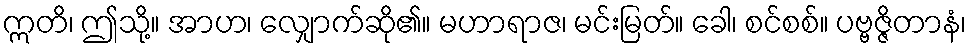
ဣတိ၊ ဤသို့။ အာဟ၊ လျှောက်ဆို၏။ မဟာရာဇ၊ မင်းမြတ်။ ခေါ၊ စင်စစ်။ ပဗ္ဗဇ္ဇိတာနံ၊